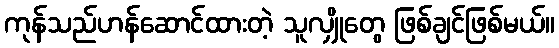
ကုန်သည်ဟန်ဆောင်ထားတဲ့ သူလျှိုတွေ ဖြစ်ချင်ဖြစ်မယ်။